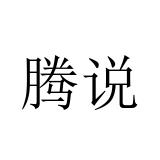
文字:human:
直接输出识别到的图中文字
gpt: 腾说